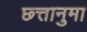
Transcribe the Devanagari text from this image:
छ्त्तानुमा